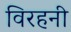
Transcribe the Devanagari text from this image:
विरहनी